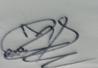
Signature authenticity: genuine